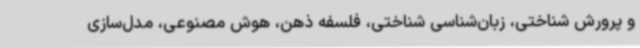
و پرورش شناختی، زبان‌شناسی شناختی، فلسفه ذهن، هوش مصنوعی، مدل‌سازی